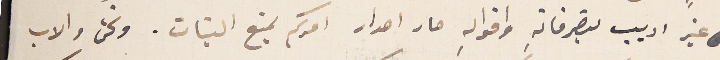
غير اديب بتصرفاتهِ واقوالهِ صار اصدار امركم بمنع البنات. ونحن والاب